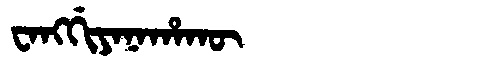
Manchu: ᠸᠠᠩᡤᡳᠶᠠᠨᠠᡥᠠᡴᡡ
Romanization: WANGGIYANAHAKŪ